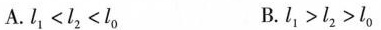
A.l_{1} < l_{2} < l_{0} B. l_{1} > l_{2} > l_{0}